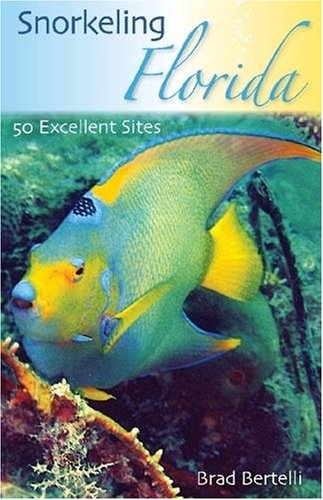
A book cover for Snorkeling Florida: 50 Excellent Sites; Mr. Brad Bertelli; Sports & Outdoors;